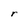
Character: r